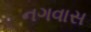
નગવાસ